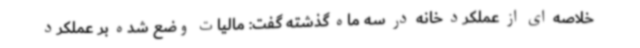
خلاصه ای از عملکرد خانه در سه ماه گذشته گفت: مالیات وضع شده بر عملکرد